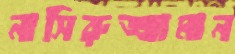
নাসিরুজ্জামান